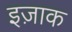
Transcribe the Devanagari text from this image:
इज़ाक